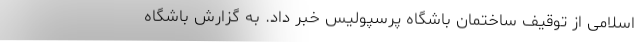
اسلامی از توقیف ساختمان باشگاه پرسپولیس خبر داد. به گزارش باشگاه